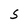
Character: S